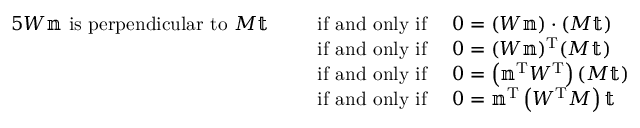
{ \begin{array} { r l } { { 5 } W \mathbb { n } { \mathrm { ~ i s ~ p e r p e n d i c u l a r ~ t o ~ } } M \mathbb { t } \quad \, } & { { \mathrm { ~ i f ~ a n d ~ o n l y ~ i f ~ } } \quad 0 = ( W \mathbb { n } ) \cdot ( M \mathbb { t } ) } \\ & { { \mathrm { ~ i f ~ a n d ~ o n l y ~ i f ~ } } \quad 0 = ( W \mathbb { n } ) ^ { \mathrm { T } } ( M \mathbb { t } ) } \\ & { { \mathrm { ~ i f ~ a n d ~ o n l y ~ i f ~ } } \quad 0 = \left( \mathbb { n } ^ { \mathrm { T } } W ^ { \mathrm { T } } \right) ( M \mathbb { t } ) } \\ & { { \mathrm { ~ i f ~ a n d ~ o n l y ~ i f ~ } } \quad 0 = \mathbb { n } ^ { \mathrm { T } } \left( W ^ { \mathrm { T } } M \right) \mathbb { t } } \end{array} }